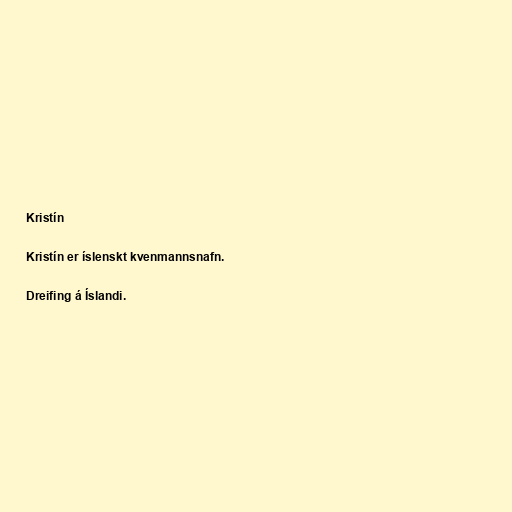
Kristín

Kristín er íslenskt kvenmannsnafn.

Dreifing á Íslandi.